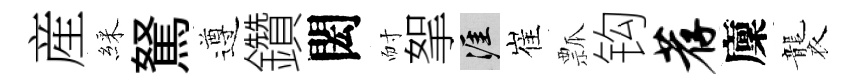
産綵駑遵鑽閎耐挐涯崔瓢钩荐廩襲